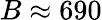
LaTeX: B\approx 690